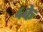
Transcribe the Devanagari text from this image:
४के